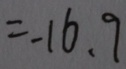
= - 1 6 . 9